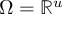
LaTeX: \Omega = \mathbb { R } ^ { u }